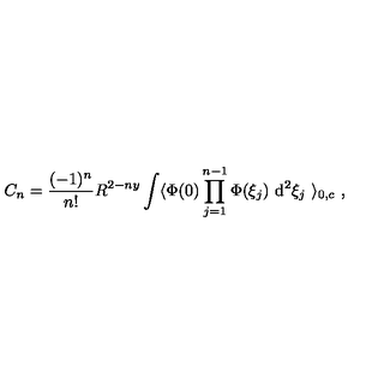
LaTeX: C _ { n } = \frac { ( - 1 ) ^ { n } } { n ! } R ^ { 2 - n y } \int \langle \Phi ( 0 ) \prod _ { j = 1 } ^ { n - 1 } \Phi ( \xi _ { j } ) \ \mathrm { d } ^ { 2 } \xi _ { j } \ \rangle _ { 0 , c } \ ,